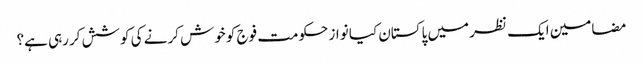
مضامین ایک نظر میں پاکستان	کیا نواز حکومت فوج کو خوش کرنے کی کوشش کررہی ہے؟